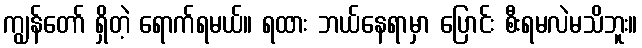
ကျွန်တော် ရှိတဲ့ ရောက်ရမယ်။ ရထား ဘယ်နေရာမှာ ပြောင်း စီးရမလဲမသိဘူး။